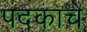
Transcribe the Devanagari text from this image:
पदकाचे